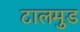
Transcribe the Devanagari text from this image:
टालमुड